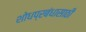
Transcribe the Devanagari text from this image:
शोधप्रबंधासाठी